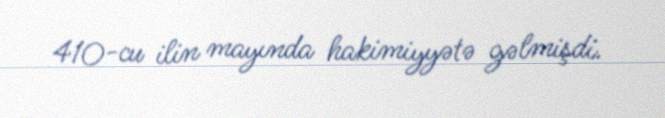
410-cu ilin mayında hakimiyyətə gəlmişdi.